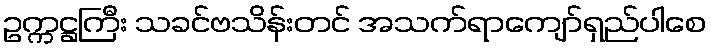
ဥက္ကဋ္ဌကြီး သခင်ဗသိန်းတင် အသက်ရာကျော်ရှည်ပါစေ